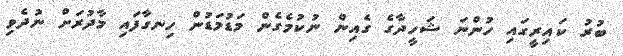
ބުރު ކައިރީގައި ހުންނަ ޝަހީދާގެ ގެއިން ނުކުމެގެން މަޑުމަޑުން ހިނގާފައި މާދުރަށް ނުދެވި